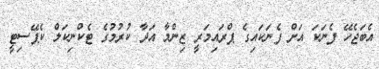
އެބަޖެހޭ ފެނަކަ އަށް ފެނަކައިގެ ޕްރައިމަރީ ޒިންމާ އަދާ ކުރުމުގެ ޓެކްނިކަލް ކެޕޭސިޓީ